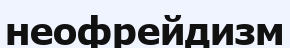
неофрейдизм